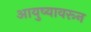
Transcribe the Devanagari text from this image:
आयुष्यावरून